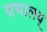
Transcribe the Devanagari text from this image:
ग्रथालय्